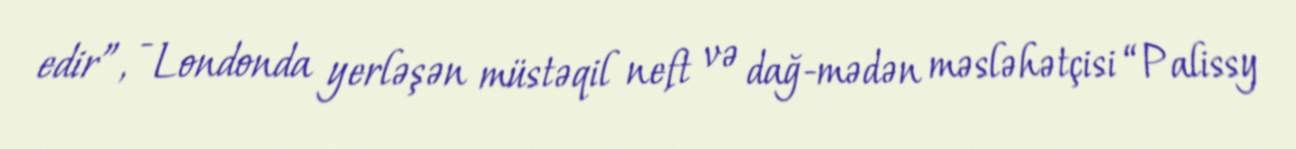
edir”, - Londonda yerləşən müstəqil neft və dağ-mədən məsləhətçisi “Palissy